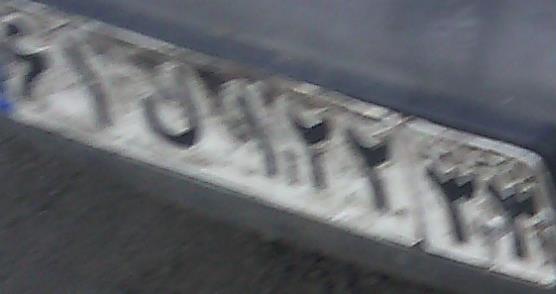
۶۱ن۱۲۲۳۳